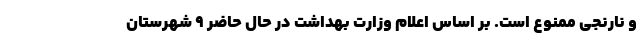
و نارنجی ممنوع است. بر اساس اعلام وزارت بهداشت در حال حاضر ۹ شهرستان